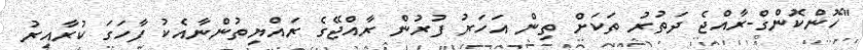
"ހޮންކޮންގް-ރާއްޖެ ދަތުރު ތަކަށް ތިން އަހަރު ފުރުން ރާއްޖޭގެ ރައްޔިތުންނާއެކު ފާހަގަ ކުރާއިރު